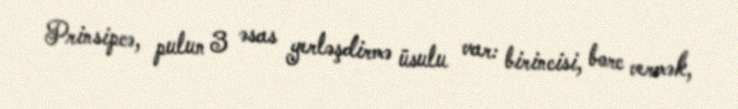
Prinsipcə, pulun 3 əsas yerləşdirmə üsulu var: birincisi, borc vermək,